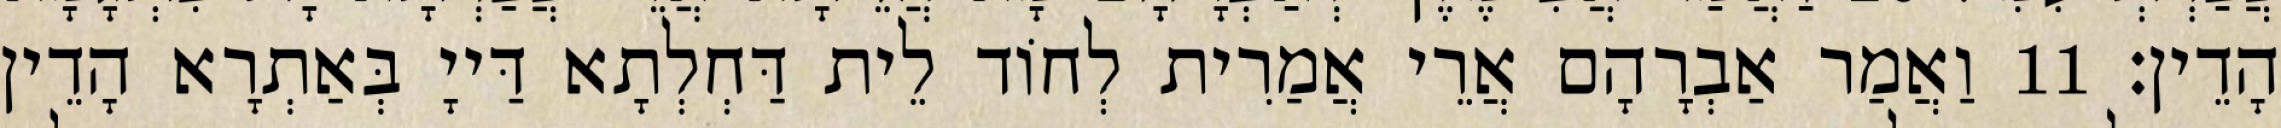
הָדֵין׃ 11 וַאֲמַר אַבְרָהָם אֲרֵי אֲמַרִית לְחוֹד לֵית דַּחְלְתָא דַּייָ בְּאַתְרָא הָדֵין